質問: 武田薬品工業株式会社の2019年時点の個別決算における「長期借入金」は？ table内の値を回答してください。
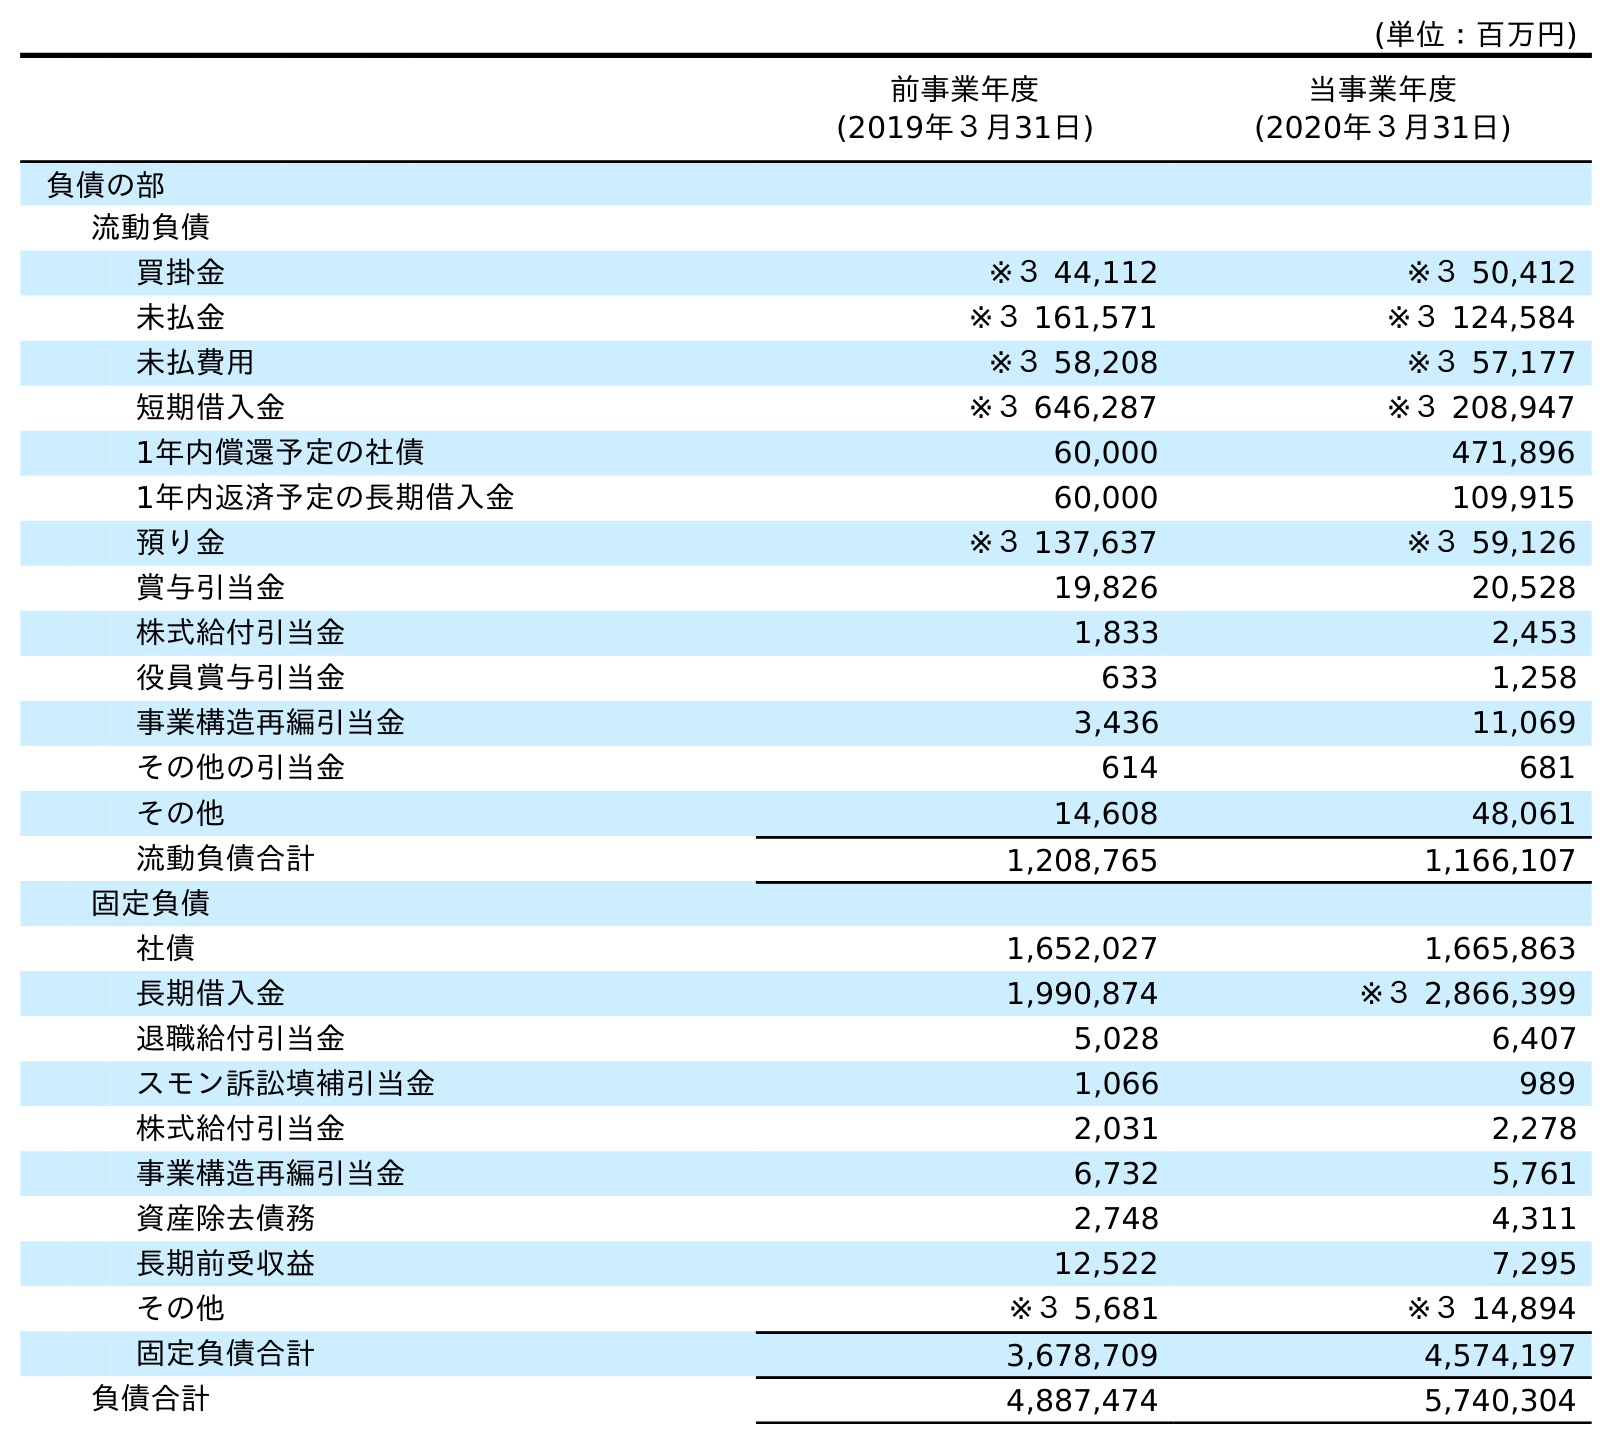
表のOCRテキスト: (単位：百万円) 前事業年度 (2019年３月31日) 当事業年度 (2020年３月31日) 負債の部 流動負債 買掛金 ※３ 44,112 ※３ 50,412 未払金 ※３ 161,571 ※３ 124,584 未払費用 ※３ 58,208 ※３ 57,177 短期借入金 ※３ 646,287 ※３ 208,947 1年内償還予定の社債 60,000 471,896 1年内返済予定の長期借入金 60,000 109,915 預り金 ※３ 137,637 ※３ 59,126 賞与引当金 19,826 20,528 株式給付引当金 1,833 2,453 役員賞与引当金 633 1,258 事業構造再編引当金 3,436 11,069 その他の引当金 614 681 その他 14,608 48,061 流動負債合計 1,208,765 1,166,107 固定負債 社債 1,652,027 1,665,863 長期借入金 1,990,874 ※３ 2,866,399 退職給付引当金 5,028 6,407 スモン訴訟填補引当金 1,066 989 株式給付引当金 2,031 2,278 事業構造再編引当金 6,732 5,761 資産除去債務 2,748 4,311 長期前受収益 12,522 7,295 その他 ※３ 5,681 ※３ 14,894 固定負債合計 3,678,709 4,574,197 負債合計 4,887,474 5,740,304
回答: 1,990,874